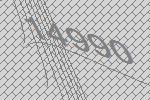
14990